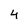
Character: 4